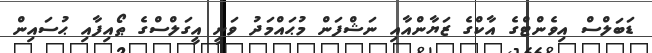
ޑަބަލްސް އިވެންޓްގެ އާކްގެ ޒަޔާންއާއި ނަޝްފަން މުޙައްމަދު ވަނީ އީގަލްސްގެ ޠޯއިފާއި ޙުސައިން